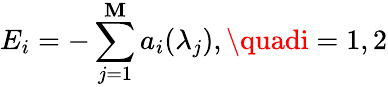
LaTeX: E_{i}=-\sum_{j=1}^{\mathbf{M}}a_{i}(\lambda_{j}),\quadi=1,2